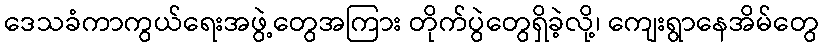
ဒေသခံကာကွယ်ရေးအဖွဲ့တွေအကြား တိုက်ပွဲတွေရှိခဲ့လို့၊ ကျေးရွာနေအိမ်တွေ